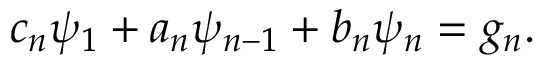
c _ { n } \psi _ { 1 } + a _ { n } \psi _ { n - 1 } + b _ { n } \psi _ { n } = g _ { n } .